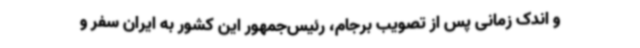
و اندک زمانی پس از تصویب برجام، رئیس‌جمهور این کشور به ایران سفر و